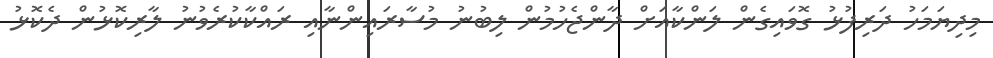
މިދިޔަމަހު ދަރިފުޅު ގޮވައިގެން ލަންކާއަށް ދާންޖެހުމުން ލިބުނު މުސާރައިންނާއި ރައްކާކުރެވުނު ލާރިކޮޅުން ދެކޮޅު